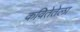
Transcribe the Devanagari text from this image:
कवितेतेला